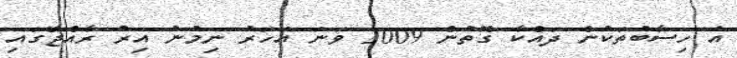
އެ ހިސާބުތަކުން ދައްކާ ގޮތުން 2009 ވަނަ އަހަރު ނިމުނު އިރު ރާއްޖޭގައި